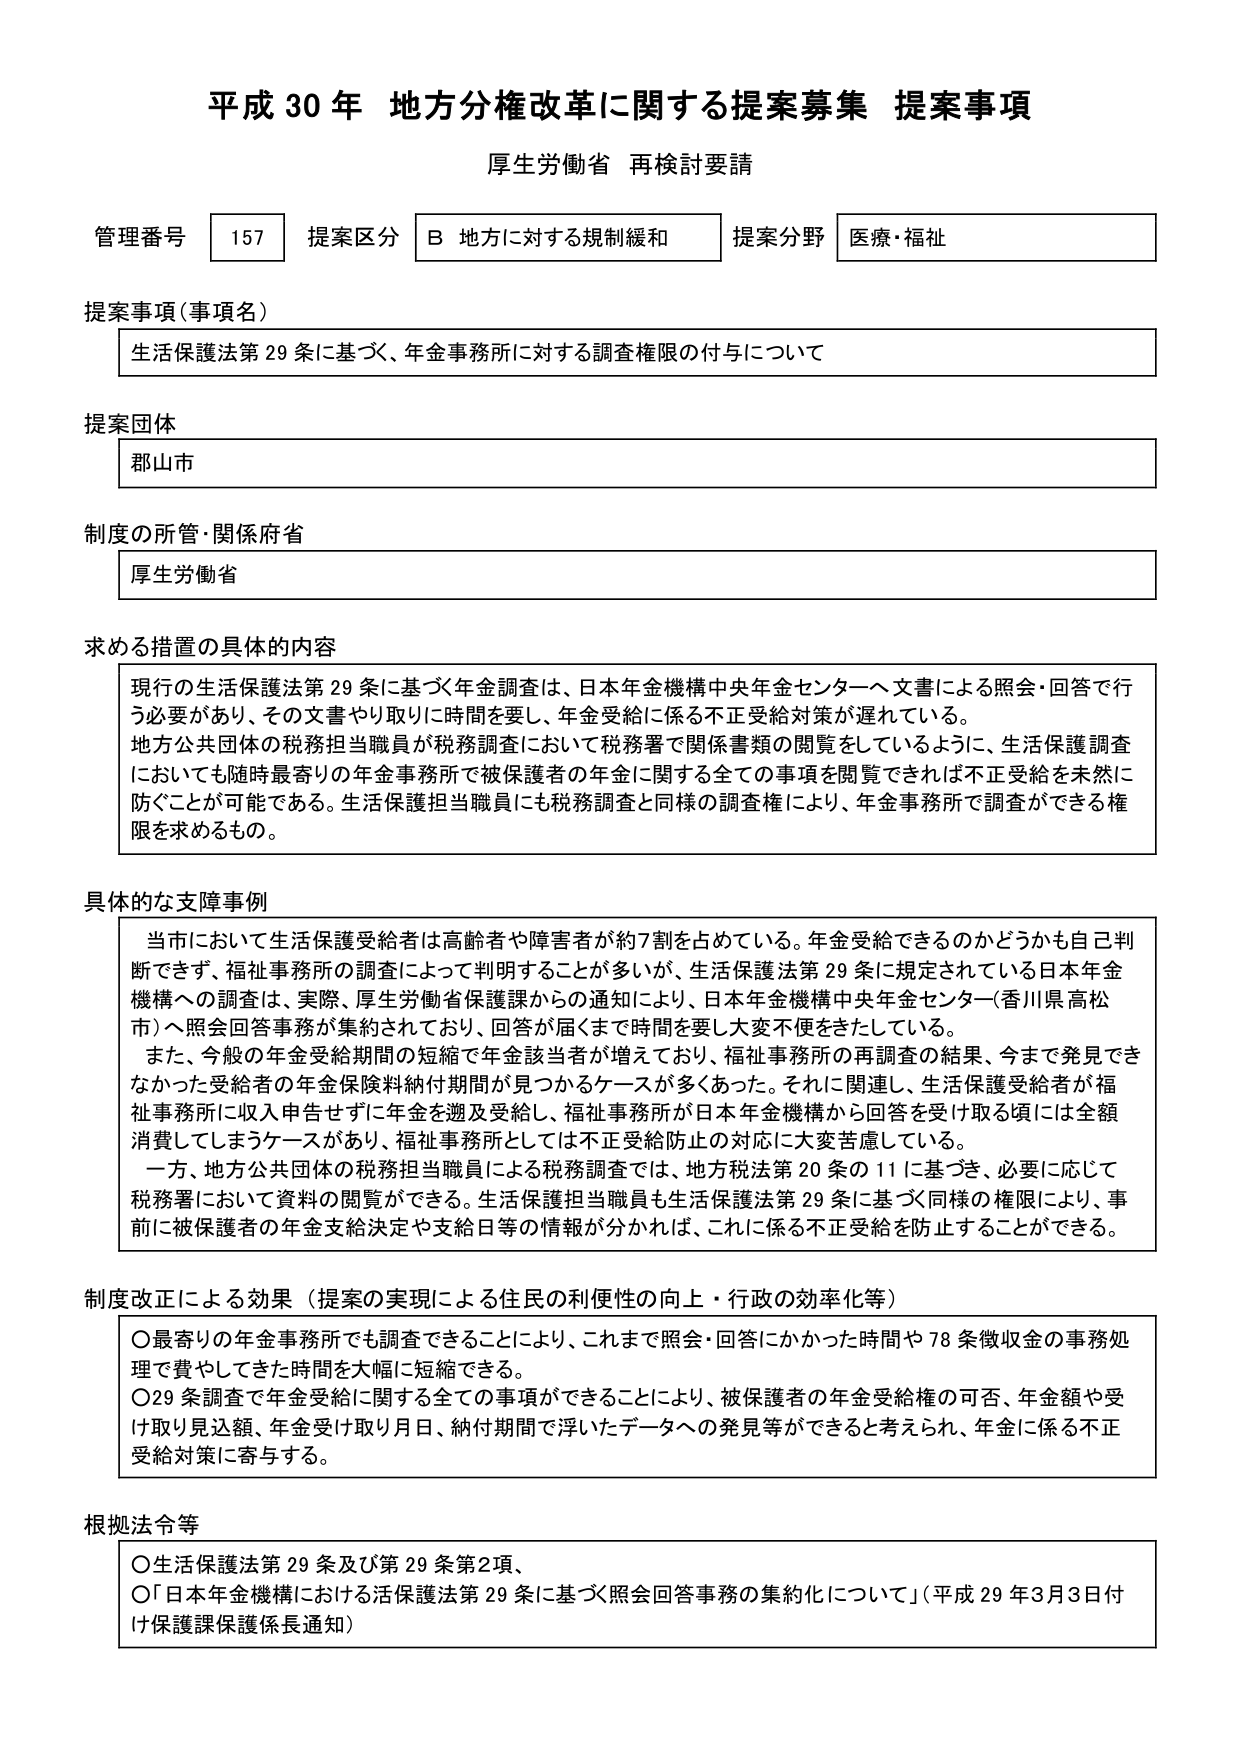
平成30年 地方分権改革に関する提案募集 提案事項
厚生労働省 再検討要請

管理番号 157 提案区分 B 地方に対する規制緩和 提案分野 医療・福祉

提案事項（事項名）
生活保護法第29条に基づく、年金事務所に対する調査権限の付与について

提案団体
郡山市

制度の所管・関係府省
厚生労働省

求める措置の具体的内容
現行の生活保護法第29条に基づく年金調査は、日本年金機構中央年金センターへ文書による照会・回答を行う必要があり、その文書やり取りに時間を要し、年金受給に係る不正受給対策が遅れている。
地方公共団体の税務担当職員が税務調査において税務署で関係書類の閲覧をしているように、生活保護調査においても随時最寄りの年金事務所で被保護者の年金に関する全ての事項を閲覧できれば不正受給を未然に防ぐことが可能である。生活保護担当職員にも税務調査と同様の調査権により、年金事務所で調査ができる権限を求めるもの。

具体的な支障事例
当市において生活保護受給者は高齢者や障害者が約7割を占めている。年金受給できるのかどうかも自己判断できず、福祉事務所の調査によって判明することが多いが、生活保護法第29条に規定されている日本年金機構への調査は、実際、厚生労働省保護課からの通知により、日本年金機構中央年金センター（香川県高松市）へ照会回答事務が集約されており、回答が届くまで時間を要し大変不便をきたしている。
また、今般の年金受給期間の短縮で年金該当者が増えており、福祉事務所の再調査の結果、今まで発見できなかった受給者の年金保険料納付期間が見つかるケースが多々あった。それに関連し、生活保護受給者が福祉事務所に収入申告せずに年金を遡及受給し、福祉事務所が日本年金機構から回答を受け取る頃には全額消費してしまうケースがあり、福祉事務所としては不正受給防止の対応に大変苦慮している。
一方、地方公共団体の税務担当職員による税務調査では、地方税法第20条の11に基づき、必要に応じて税務署において資料の閲覧ができる。生活保護担当職員も生活保護法第29条に基づく同様の権限により、事前に被保護者の年金支給決定や支給日等の情報が分かれば、これに係る不正受給を防止することができる。

制度改正による効果（提案の実現による住民の利便性の向上・行政の効率化等）
〇最寄りの年金事務所でも調査できることにより、これまで照会・回答にかかった時間や78条徴収金の事務処理で費やしてきた時間を大幅に短縮できる。
〇29条調査で年金受給に関する全ての事項ができることにより、被保護者の年金受給権の可否、年金額や受け取り見込額、年金受け取り月日、納付期間で浮いたデータへの発見等ができると考えられ、年金に係る不正受給対策に寄与する。

根拠法令等
〇生活保護法第29条及び第29条第2項、
〇「日本年金機構における生活保護法第29条に基づく照会回答事務の集約化について」（平成29年3月3日付け保護課保護係長通知）